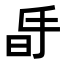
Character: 𣅲